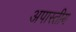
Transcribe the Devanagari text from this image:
अपास्तीय